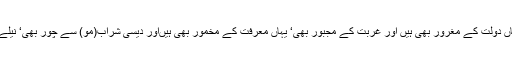
یہاں ہر نفس‘ خیال وفکر کے انسان بستے ہیں‘ محبت یہاں عام ہے، یہاں دولت کے مغرور بھی ہیں اور غربت کے مجبور بھی‘ یہاں معرفت کے مخمور بھی ہیںاور دیسی شراب(مو) سے چور بھی‘ نیلے پانیوں کی سرزمین بھی ہے اور رنگ برنگے پتھروں کی وادی بھی۔